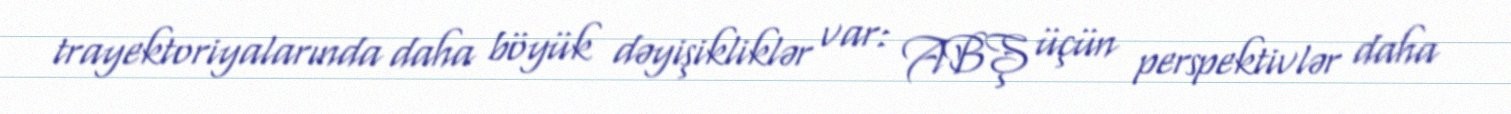
trayektoriyalarında daha böyük dəyişikliklər var: ABŞ üçün perspektivlər daha